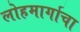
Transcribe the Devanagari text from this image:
लोहमार्गाचा